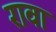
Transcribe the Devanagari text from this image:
रावा